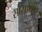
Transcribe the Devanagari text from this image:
सोसायटि।